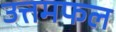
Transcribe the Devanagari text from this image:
उत्तमफल